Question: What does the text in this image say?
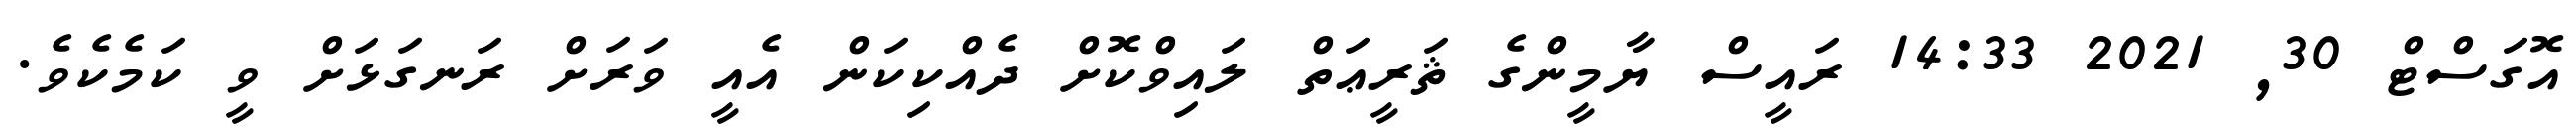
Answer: އޮގަސްޓް 30, 2021 14:33 ރައީސް ޔާމީންގެ ޘަރީޢަތް ލައިވްކޮށް ދެއްކިކަން އެއީ ވަރަށް ރަނގަޅަށް ވީ ކަމެކެވެ.